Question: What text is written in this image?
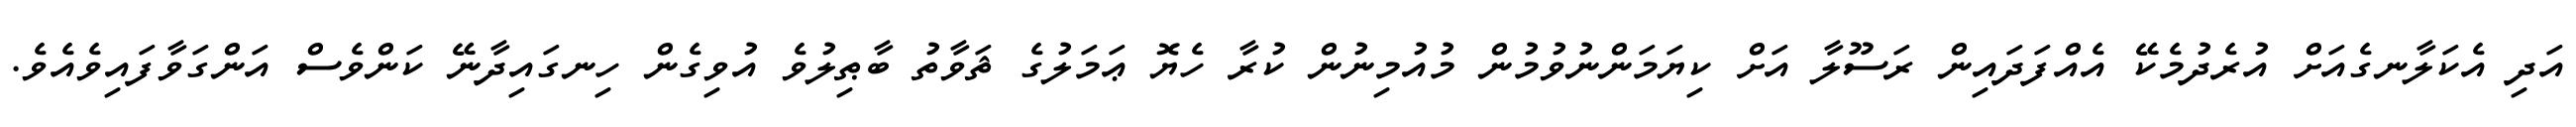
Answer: އަދި އެކަލާނގެއަށް އުރެދުމެކޭ އެއްފަދައިން ރަސޫލާ އަށް ކިޔަމަންނުވުމުން މުއުމިނުން ކުރާ ހެޔޮ ޢަމަލުގެ ޘަވާތު ބާޠިލުވެ އުވިގެން ހިނގައިދާނޭ ކަންވެސް އަންގަވާފައިވެއެވެ.